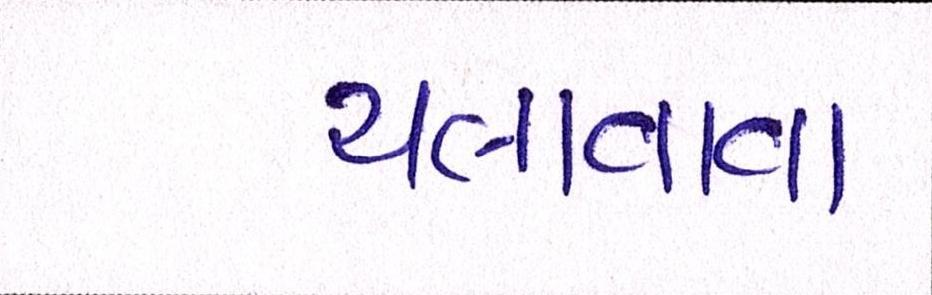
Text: ચલાવવા